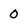
Character: 0